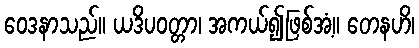
ဝေဒနာသည်။ ယဒိပဝတ္တာ၊ အကယ်၍ဖြစ်အံ့။ တေနဟိ၊